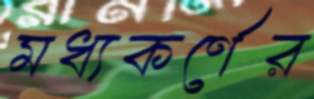
মধ্যকর্ণের